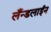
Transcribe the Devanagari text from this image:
लँन्डलाईन